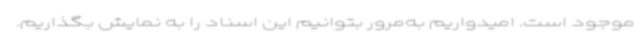
موجود است. امیدواریم به‌مرور بتوانیم این اسناد را به نمایش بگذاریم.